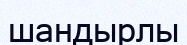
шандырлы